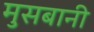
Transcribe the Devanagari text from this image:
मुसबानी